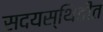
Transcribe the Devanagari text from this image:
सदयस्थितीत